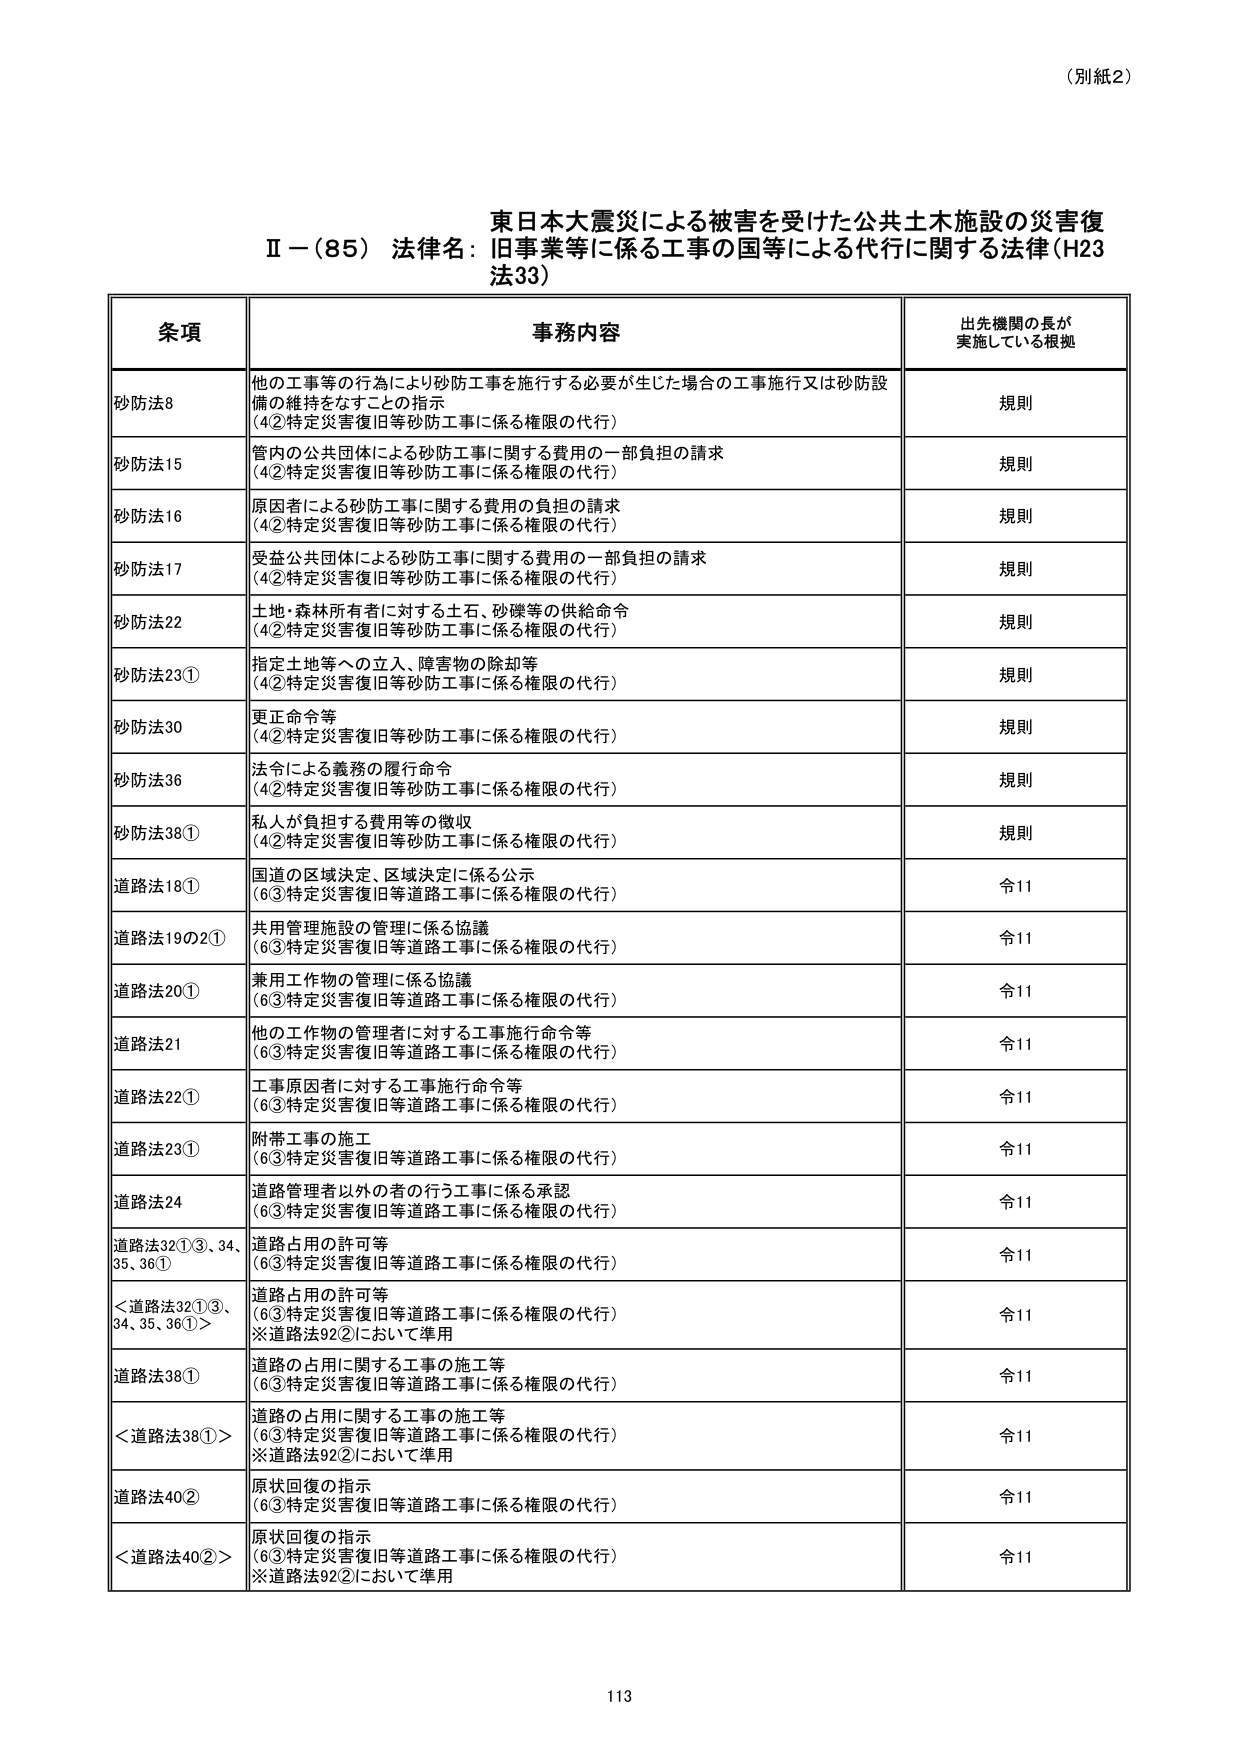
（別紙2）

東日本大震災による被害を受けた公共土木施設の災害復
Ⅱ－（85）法律名：旧事業等に係る工事の国等による代行に関する法律（H23
法33）

条項 事務内容 出先機関の長が
実施している根拠

砂防法8 他の工事等の行為により砂防工事を施行する必要が生じた場合の工事施行又は砂防設
備の維持をなすことの指示
（4②特定災害復旧等砂防工事に係る権限の代行） 規則

砂防法15 管内の公共団体による砂防工事に関する費用の一部負担の請求
（4②特定災害復旧等砂防工事に係る権限の代行） 規則

砂防法16 原因者による砂防工事に関する費用の負担の請求
（4②特定災害復旧等砂防工事に係る権限の代行） 規則

砂防法17 受益公共団体による砂防工事に関する費用の一部負担の請求
（4②特定災害復旧等砂防工事に係る権限の代行） 規則

砂防法22 土地・森林所有者に対する土石、砂礫等の供給命令
（4②特定災害復旧等砂防工事に係る権限の代行） 規則

砂防法23① 指定土地等への立入、障害物の除却等
（4②特定災害復旧等砂防工事に係る権限の代行） 規則

砂防法30 更正命令等
（4②特定災害復旧等砂防工事に係る権限の代行） 規則

砂防法36 法令による義務の履行命令
（4②特定災害復旧等砂防工事に係る権限の代行） 規則

砂防法38① 私人が負担する費用等の徴収
（4②特定災害復旧等砂防工事に係る権限の代行） 規則

道路法18① 国道の区域決定、区域決定に係る公示
（6③特定災害復旧等道路工事に係る権限の代行） 令11

道路法19の2① 共用管理施設の管理に係る協議
（6③特定災害復旧等道路工事に係る権限の代行） 令11

道路法20① 兼用工作物の管理に係る協議
（6③特定災害復旧等道路工事に係る権限の代行） 令11

道路法21 他の工作物の管理者に対する工事施行命令等
（6③特定災害復旧等道路工事に係る権限の代行） 令11

道路法22① 工事原因者に対する工事施行命令等
（6③特定災害復旧等道路工事に係る権限の代行） 令11

道路法23① 附帯工事の施工
（6③特定災害復旧等道路工事に係る権限の代行） 令11

道路法24 道路管理者以外の者の行う工事に係る承認
（6③特定災害復旧等道路工事に係る権限の代行） 令11

道路法32①③、34、
35、36① 道路占用の許可等
（6③特定災害復旧等道路工事に係る権限の代行） 令11

＜道路法32①③、
34、35、36①＞ 道路占用の許可等
（6③特定災害復旧等道路工事に係る権限の代行）
※道路法92②において準用 令11

道路法38① 道路の占用に関する工事の施工等
（6③特定災害復旧等道路工事に係る権限の代行） 令11

＜道路法38①＞ 道路の占用に関する工事の施工等
（6③特定災害復旧等道路工事に係る権限の代行）
※道路法92②において準用 令11

道路法40② 原状回復の指示
（6③特定災害復旧等道路工事に係る権限の代行） 令11

＜道路法40②＞ 原状回復の指示
（6③特定災害復旧等道路工事に係る権限の代行）
※道路法92②において準用 令11

113